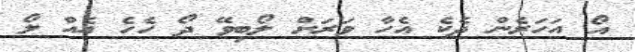
އޯ އަހަރެން ދެކެ އެހާ ވަރަށް ލޯބިވޭ ދޯ ހެހެ އެއް ލޯ